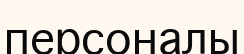
персоналы